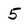
Character: 5